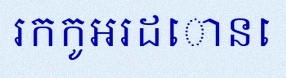
រកកូអរដោនេ